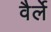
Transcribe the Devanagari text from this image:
वैर्ले